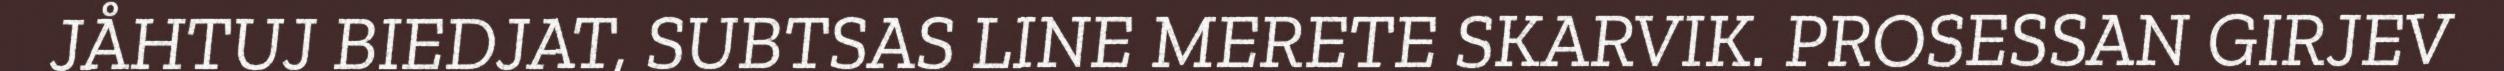
JÅHTUJ BIEDJAT, SUBTSAS LINE MERETE SKARVIK. PROSESSAN GIRJEV